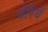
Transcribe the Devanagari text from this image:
बेरियँ